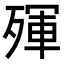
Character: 𣨿